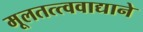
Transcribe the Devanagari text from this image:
मूलतत्त्ववाद्याने